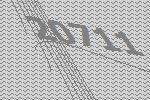
20711